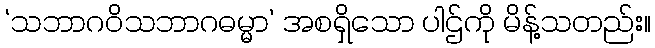
‘သဘာဂဝိသဘာဂဓမ္မာ’ အစရှိသော ပါဌ်ကို မိန့်သတည်း။